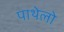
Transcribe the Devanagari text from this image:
पाथेलो